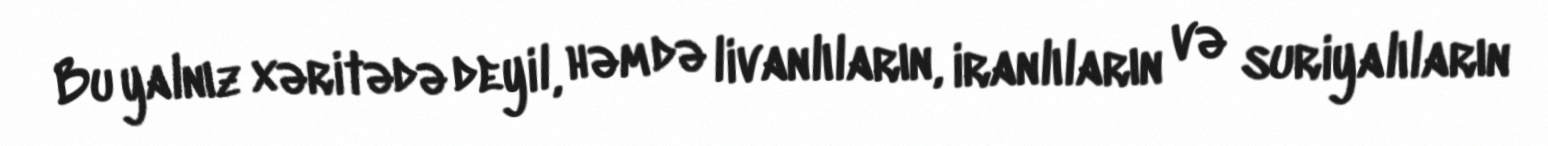
Bu yalnız xəritədə deyil, həm də livanlıların, iranlıların və suriyalıların